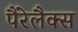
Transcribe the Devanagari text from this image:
पैरेलैक्स